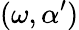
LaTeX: (\omega,\alpha^{\prime})